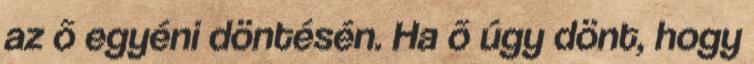
az õ egyéni döntésén. Ha õ úgy dönt, hogy